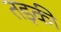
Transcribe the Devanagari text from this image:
तड़की